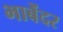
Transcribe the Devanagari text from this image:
भाबेंदर